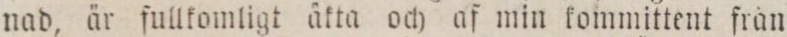
nad, är fullkomligt åkta och af min kommittent från